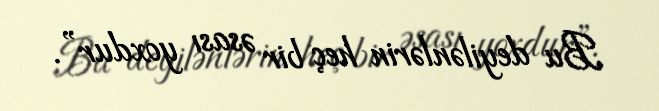
Bu deyilənlərin heç bir əsası yoxdur”.